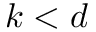
k < d